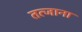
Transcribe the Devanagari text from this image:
तत्जाना